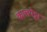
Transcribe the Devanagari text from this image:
कालपेट्टा